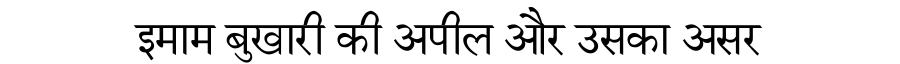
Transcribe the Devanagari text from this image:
इमाम बुखारी की अपील और उसका असर